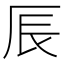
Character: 𠩐